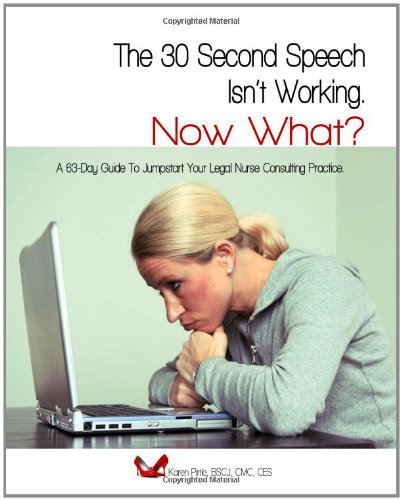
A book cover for The 30-Second Speech Isn'T Working. Now What?: A 63-Day Guide To Jumpstart Your Legal Nurse Consulting Practice.; Karen Pirtle; Law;